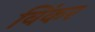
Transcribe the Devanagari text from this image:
विंकर